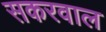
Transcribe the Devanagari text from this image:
सकरवाल